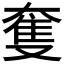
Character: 𡙜